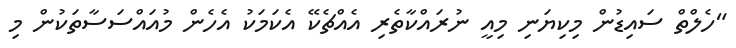
"ހެލްތް ސައިޑުން މިކިޔަނި މިއީ ނުރައްކާތެރި އެއްޗެކޭ އެކަމަކު އެހެން މުއައްސަސާތަކުން މި